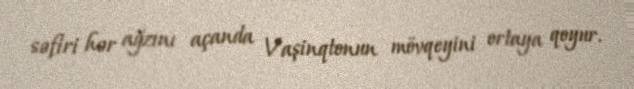
səfiri hər ağzını açanda Vaşinqtonun mövqeyini ortaya qoyur.